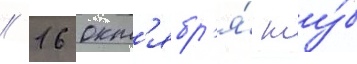
// 16 окт'ябр'я́ клу́б